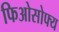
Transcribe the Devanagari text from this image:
फिओसोफ्य